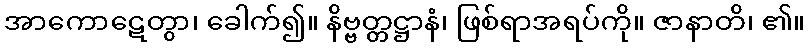
အာကောဋေတွာ၊ ခေါက်၍။ နိဗ္ဗတ္တဋ္ဌာနံ၊ ဖြစ်ရာအရပ်ကို။ ဇာနာတိ၊ ၏။